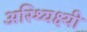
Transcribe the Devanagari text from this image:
अस्थ्यिक्ष्यी